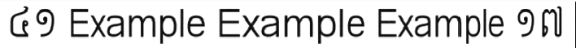
៤១ Example Example Example ១៧